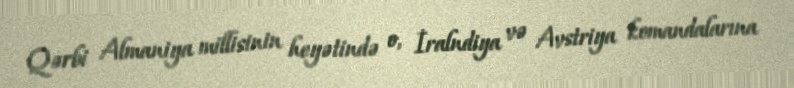
Qərbi Almaniya millisinin heyətində o, İralndiya və Avstriya komandalarına